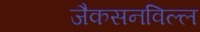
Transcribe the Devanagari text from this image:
जैकसनविल्ल